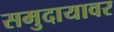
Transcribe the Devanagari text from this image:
समुदायावर